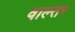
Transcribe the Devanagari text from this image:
वाल्तर